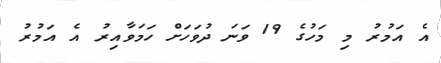
އެ އަމުރު މި މަހުގެ 19 ވަނަ ދުވަހަށް ހަމަވާއިރު އެ އަމުރު